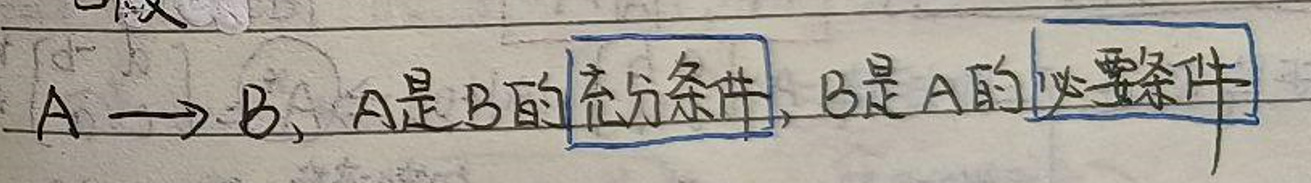
$A\longrightarrow B, A是B的充分条件, B是A的必要条件$